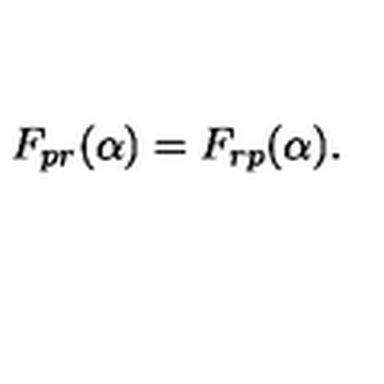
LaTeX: F _ { p r } ( \alpha ) = F _ { r p } ( \alpha ) .